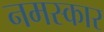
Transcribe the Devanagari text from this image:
नमस्कार